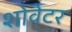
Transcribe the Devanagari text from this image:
शोवेटर